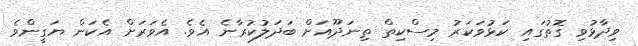
ވިދާޅުވި ގޮތުގައި ކަޅުވަކަރު މިސްކިތް ތިނަދޫއަށް ބަދަލުކުރާނެ އެވެ. އެވަރަށް އެކަން ޔަގީންވެ